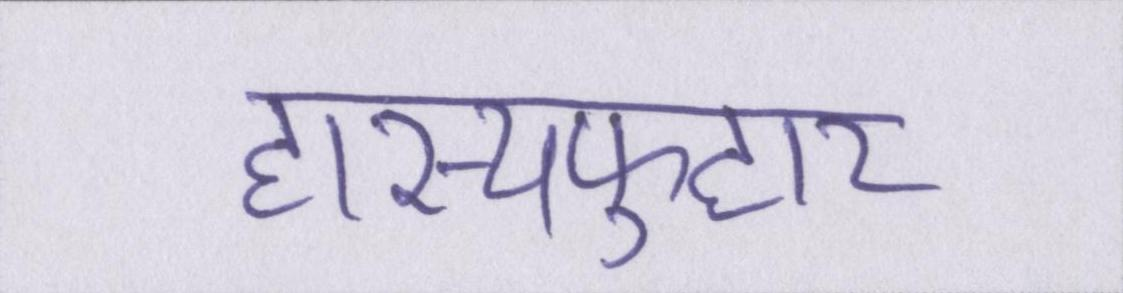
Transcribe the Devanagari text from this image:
हास्यफुहार